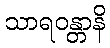
သာရဝန္တာနိ